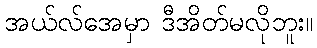
အယ်လ်အေမှာ ဒီအိတ်မလိုဘူး။